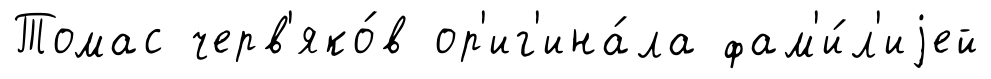
Томас черв'яко́в ор'иг'ина́ла фам'и́л'иjей